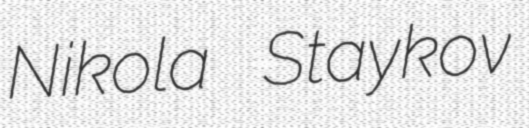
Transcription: Nikola Staykov